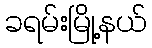
ခရမ်းမြို့နယ်